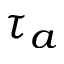
\tau _ { a }